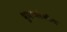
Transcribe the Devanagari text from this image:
भुमध्यरेखीय